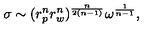
\sigma \sim ( r _ { p } ^ { n } r _ { w } ^ { n } ) ^ { \frac { n } { 2 ( n - 1 ) } } \omega ^ { \frac { 1 } { n - 1 } } ,